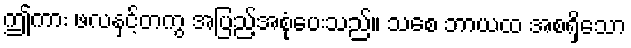
ဤကား ဖလနှင့်တကွ အပြည့်အစုံပေးသည်။ သစေ ဘာယထ အစရှိသော